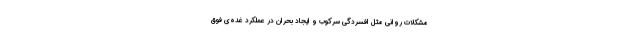
مشکلات روانی مثل افسردگی سرکوب و ایجاد بحران در عملکرد غده‌ی فوق‌